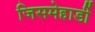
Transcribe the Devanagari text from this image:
जिसमेहार्डी